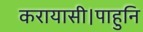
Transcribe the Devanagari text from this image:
करायासी।पाहुनि